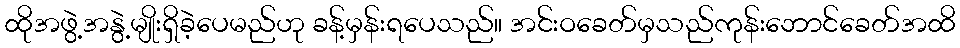
ထိုအဖွဲ့အနွဲ့မျိုးရှိခဲ့ပေမည်ဟု ခန့်မှန်းရပေသည်။ အင်းဝခေတ်မှသည်ကုန်းဘောင်ခေတ်အထိ